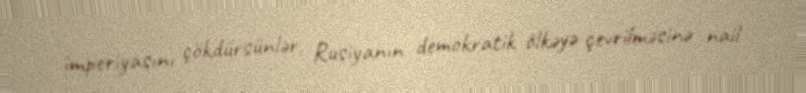
imperiyasını çökdürsünlər, Rusiyanın demokratik ölkəyə çevrilməsinə nail